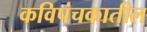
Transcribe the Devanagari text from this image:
कविपंचकातील